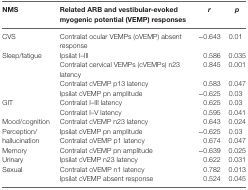
| NMS | Related ARB and vestibular-evoked myogenic potential (VEMP) responses | r | p |
 | --- | --- | --- | --- |
 | CVS | Contralat ocular VEMPs (oVEMP) absent response | −0.643 | 0.01 |
 | <ROWSPAN=4> Sleep/fatigue | Ipsilat I–III | 0.586 | 0.035 |
 | Contralat cervical VEMPs (cVEMPs) n23 latency | 0.845 | 0.001 |
 | Contralat cVEMP p13 latency | 0.583 | 0.047 |
 | Ipsilat cVEMP pn amplitude | −0.625 | 0.03 |
 | <ROWSPAN=2> GIT | Contralat I–III latency | 0.625 | 0.03 |
 | Contralat I–V latency | 0.595 | 0.041 |
 | Mood/cognition | Contralat cVEMP n23 latency | 0.643 | 0.024 |
 | <ROWSPAN=2> Perception/hallucination | Ipsilat cVEMP pn amplitude | −0.625 | 0.03 |
 | Contralat oVEMP p1 latency | 0.674 | 0.047 |
 | Memory | Contralat cVEMP pn amplitude | −0.639 | 0.025 |
 | Urinary | Ipsilat cVEMP n23 latency | 0.622 | 0.031 |
 | <ROWSPAN=2> Sexual | Contralat oVEMP n1 latency | 0.782 | 0.013 |
 | Ipsilat cVEMP absent response | 0.524 | 0.045 |